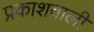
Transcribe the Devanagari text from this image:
प्रकाशवाली